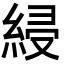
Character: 綅